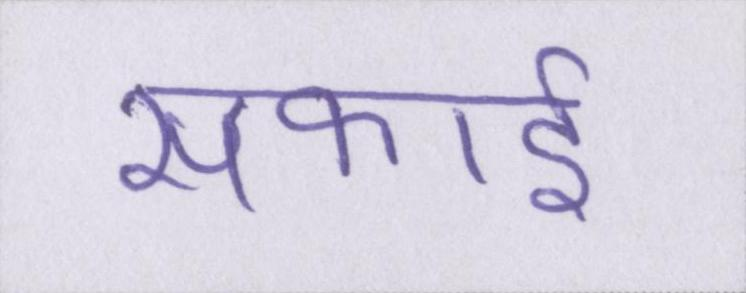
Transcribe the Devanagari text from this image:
सफाई